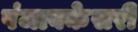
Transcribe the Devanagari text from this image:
पंजाबकेसरी